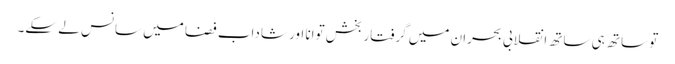
تو ساتھ ہی ساتھ انقلابی بحران میں گرفتار بخش توانا اور شاداب فضا میں سانس لے سکے۔